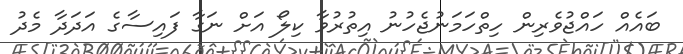
ބައެއް ހައްޖުވެރިން ހިތްހަމަނުޖެހުނު އިތުރުވާ ކިލޯ އަށް ނަގާ ފައިސާގެ އަދަދާ މެދު